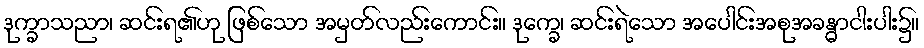
ဒုက္ခာသညာ၊ ဆင်းရ၏ဟု ဖြစ်သော အမှတ်လည်းကောင်း။ ဒုက္ခေ၊ ဆင်းရဲသော အပေါင်းအစုအခန္ဓာငါးပါး၌။